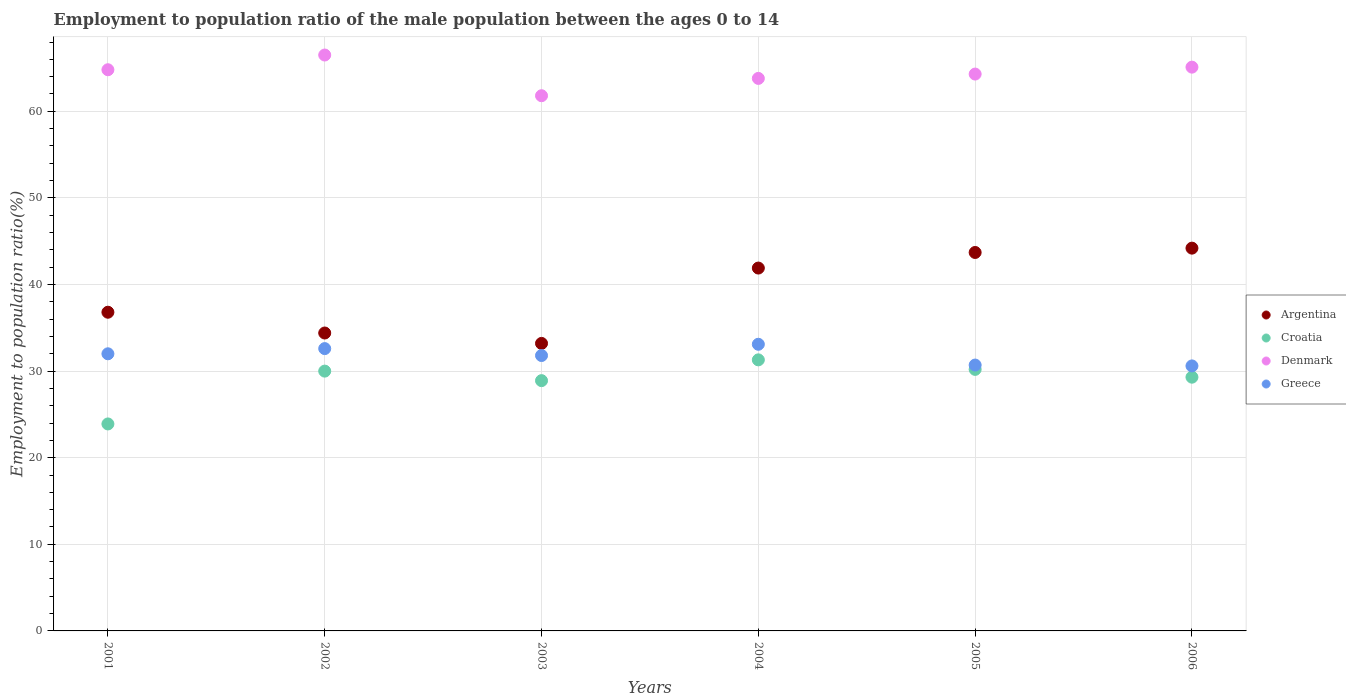
| Years | Argentina | Croatia | Denmark | Greece |
 | --- | --- | --- | --- | --- |
 | 2001 | 36.8 | 23.9 | 64.8 | 32 |
 | 2002 | 34.4 | 30 | 66.5 | 32.6 |
 | 2003 | 33.2 | 28.9 | 61.8 | 31.8 |
 | 2004 | 41.9 | 31.3 | 63.8 | 33.1 |
 | 2005 | 43.7 | 30.2 | 64.3 | 30.7 |
 | 2006 | 44.2 | 29.3 | 65.1 | 30.6 |